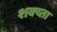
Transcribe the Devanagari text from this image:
शक्य्ता